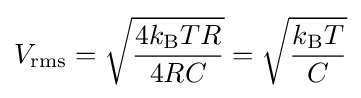
V_{\text{rms}}={\sqrt {4k_{\text{B}}TR \over 4RC}}={\sqrt {k_{\text{B}}T \over C}}